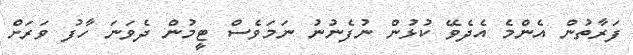
ފަރާތުން އެންމެ އެދެވޭ ކުޅުން ނުފެނުނު ނަމަވެސް ޓީމުން ދެވަނަ ހާފު ވަރަށް